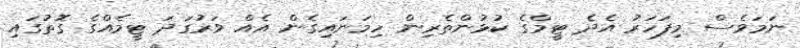
ނަމަވެސް މިފަހަރު އެދެ ޓީމްގެ ކުޅުންތެރިން ހިމަނައިގެން އެއް ވަރުގަދަ ޓީމެއްގެ ގޮތުގައި